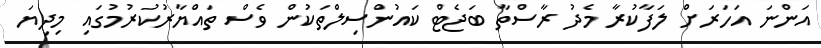
އަންނަ އަހަރަށް ލަފާކުރާ މެދު ރާސްތާ ބަޖެޓް ކައުންސިލްތަކުން ވެސް ތައްޔާރުކުރުމުގައި މިދިޔަ